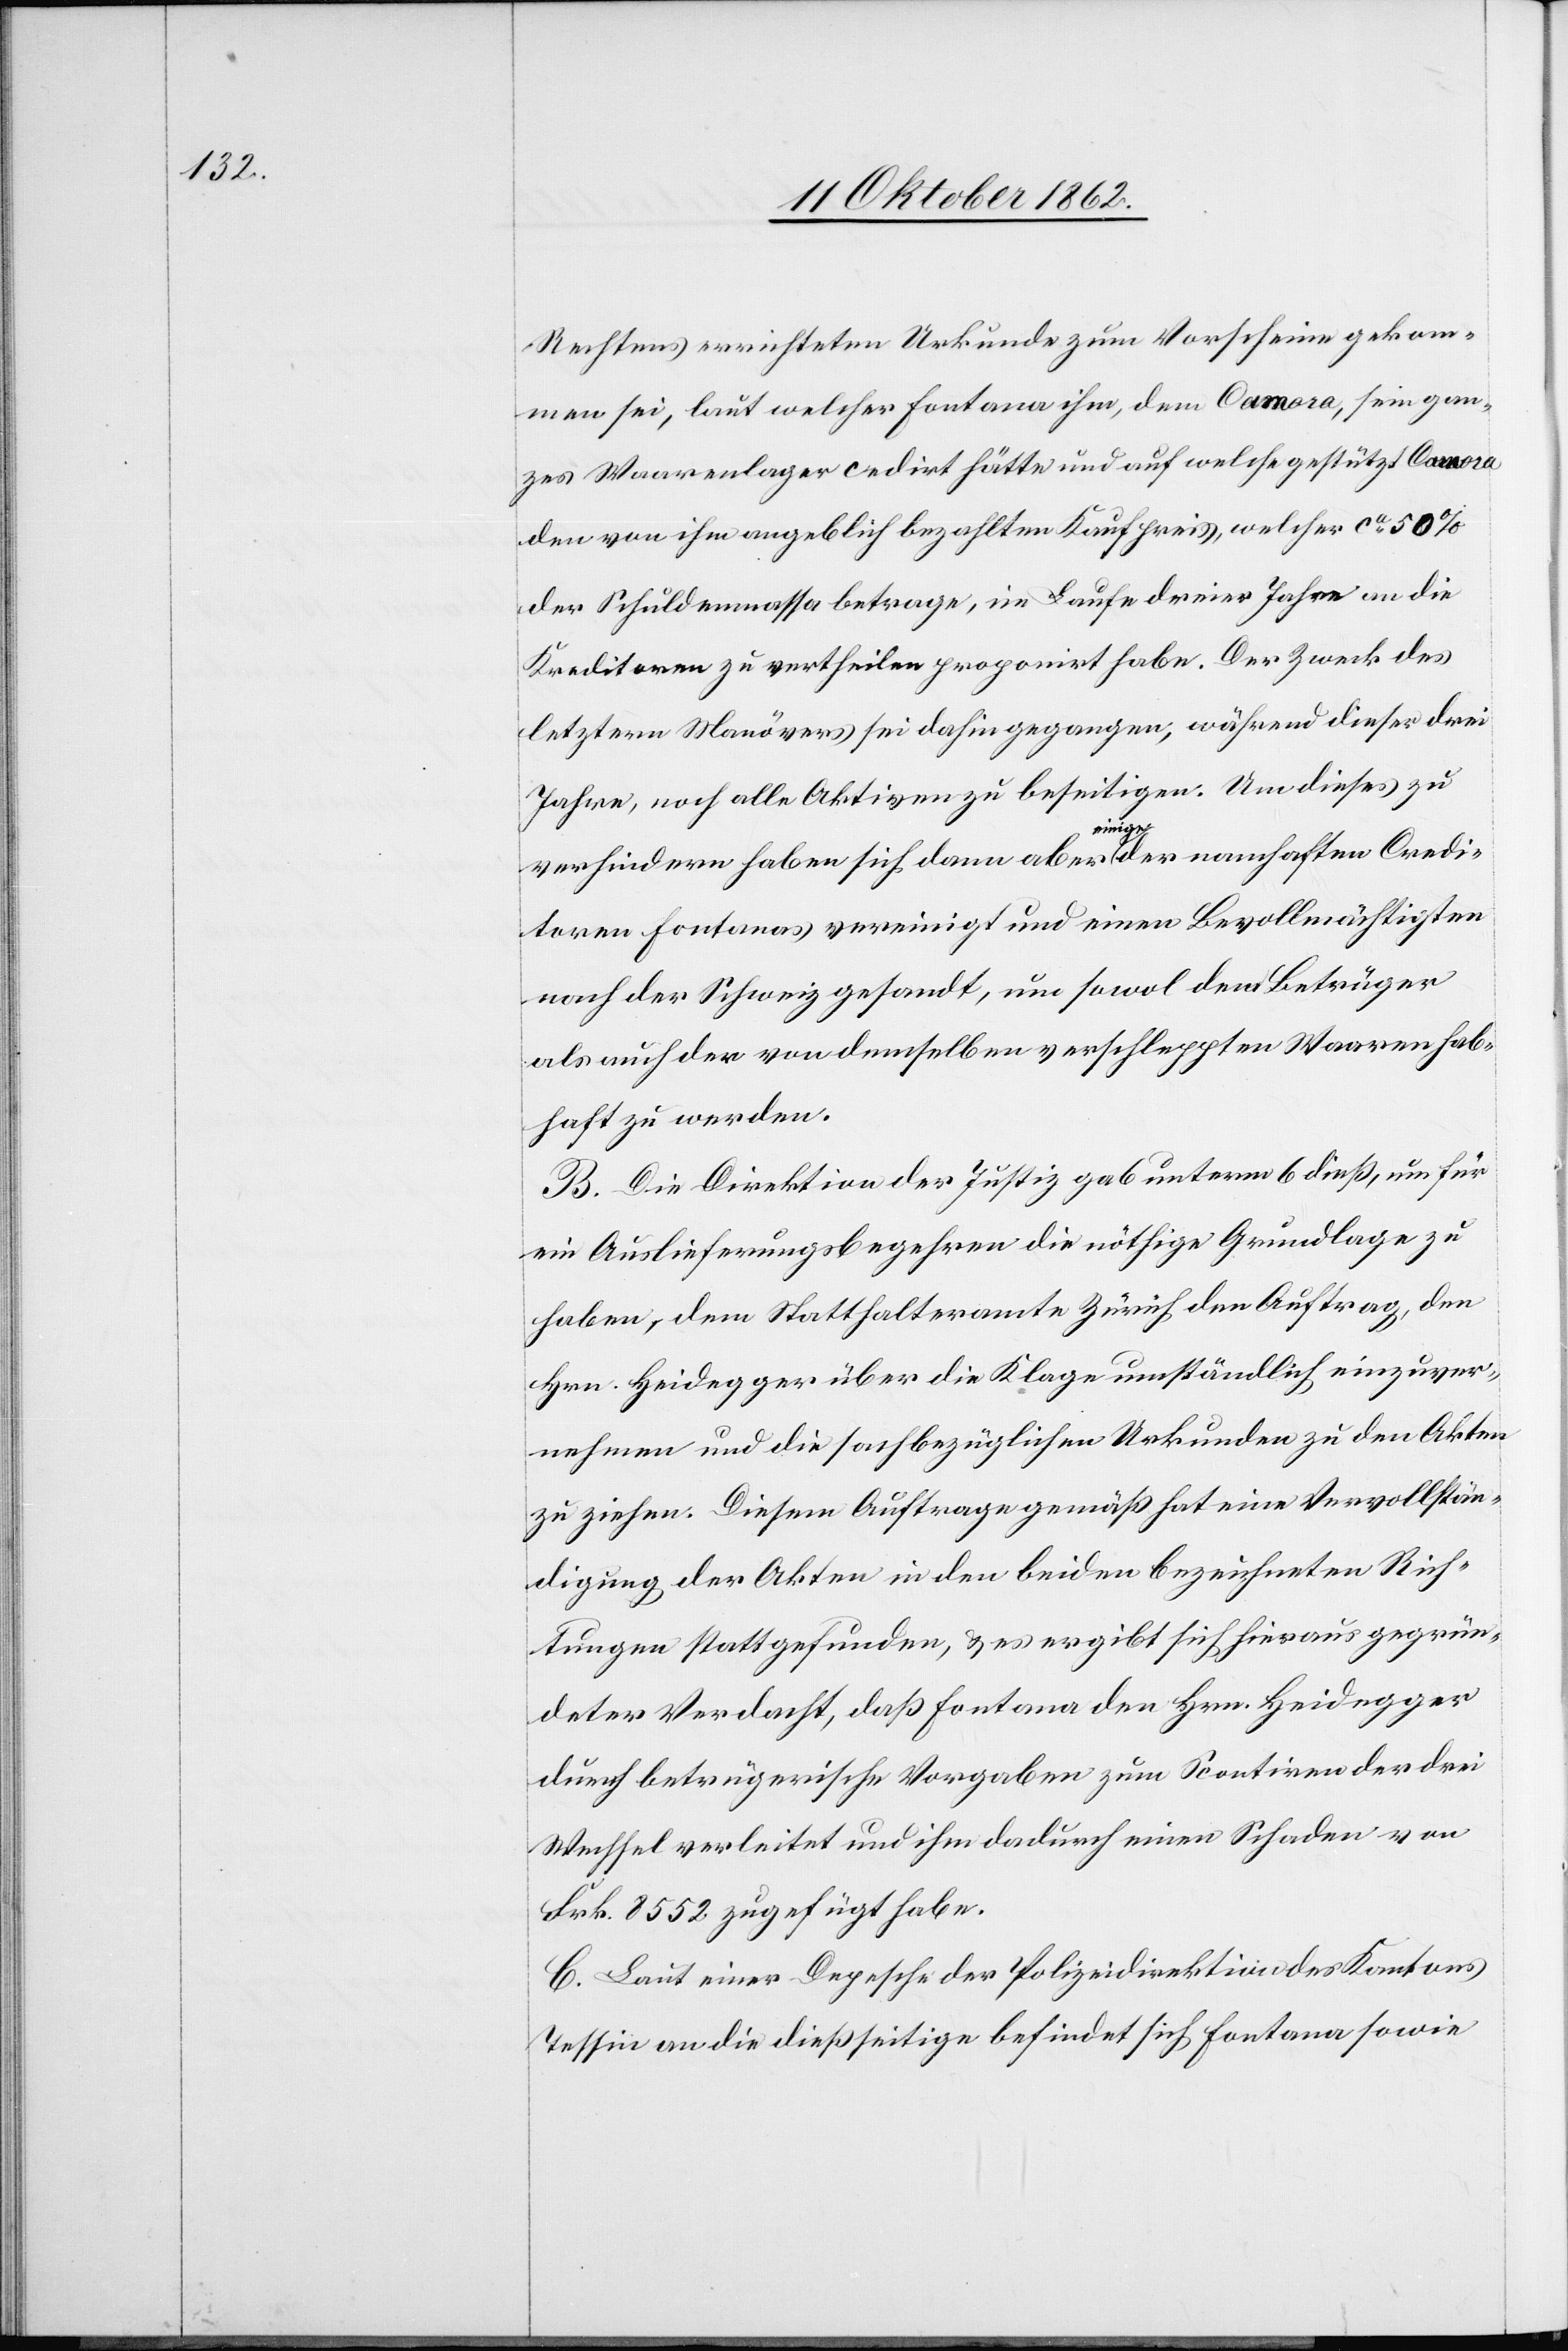
Rechtens errichteten Urkunde zum Vorschein gekom¬
men sei, laut welcher Fontana ihm, dem Camora, sein gan¬
zes Waarenlager cedirt hätte und auf welche gestützt Camora
den von ihm angeblich bezahlten Kaufpreis, welcher ca 50%
der Schuldenmassa betrage, im Laufe dreier Jahre an die
Kreditoren zu vertheilen proponirt habe. Der Zweck des
letztern Manövers sei dahin gegangen, während dieser drei
Jahre, noch alle Aktiven zu beseitigen. Um dieses zu
verhindern haben sich dann aber einige der namhaften Credi¬
toren Fontanas vereinigt und einen Bevollmächtigten
nach der Schweiz gesandt, um sowol dem Betrüger
als auch der von demselben verschleppten Waaren hab¬
haft zu werden.
B. Die Direktion der Justiz gab unterm 6. dieß, um für
ein Auslieferungsbegehren die nöthige Grundlage zu
haben, dem Statthalteramte Zürich den Auftrag, den
Hrn. Heidegger über die Klage umständlich einzuver¬
nehmen und die sachbezüglichen Urkunden zu den Akten
zu ziehen. Diesem Auftrage gemäß hat eine Vervollstän¬
digung der Akten in den beiden bezeichneten Rich¬
tungen statt gefunden, u. es ergibt sich hieraus gegrün¬
deter Verdacht, daß Fontana den Hrn. Heidegger
durch betrügerische Vorgaben zum Scontiren der drei
Wechsel verleitet und ihm dadurch einen Schaden von
Frk. 8552 zugefügt habe.
C. Laut einer Depesche der Polizeidirektion des Kantons
Tessin an die dießseitige befindet sich Fontana sowie